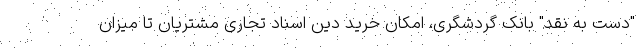
"دست به نقد" بانک گردشگری، امکان خرید دین اسناد تجاری مشتریان تا میزان